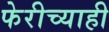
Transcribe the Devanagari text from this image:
फेरीच्याही